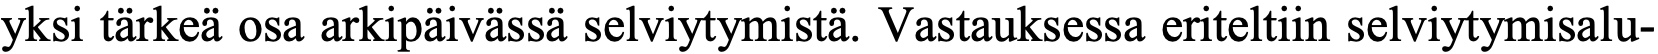
yksi tärkeä osa arkipäivässä selviytymistä. Vastauksessa eriteltiin selviytymisalu-